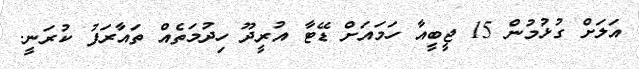
އަލަށް ގުޅުމުން 15 ޖީބީއާ ހަމައަށް ޑޭޓާ އުރީދޫ ހިދުމަތެއް ތައާރަފު ކުރަނީ.